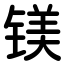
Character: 镁